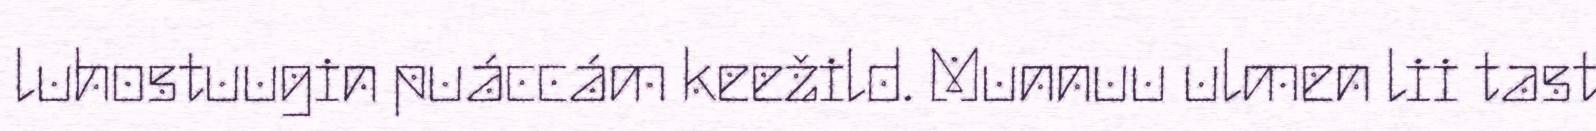
luhostuugin puáccám keežild. Munnuu ulmen lii tast